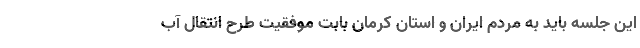
این جلسه باید به مردم ایران و استان کرمان بابت موفقیت طرح انتقال آب